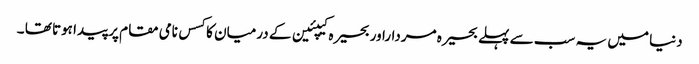
دنیا میں یہ سب سے پہلے بحیرہ مرداراور بحیرہ کیپئین کے درمیان کا کسس نامی مقام پر پیدا ہوتا تھا ۔